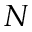
N